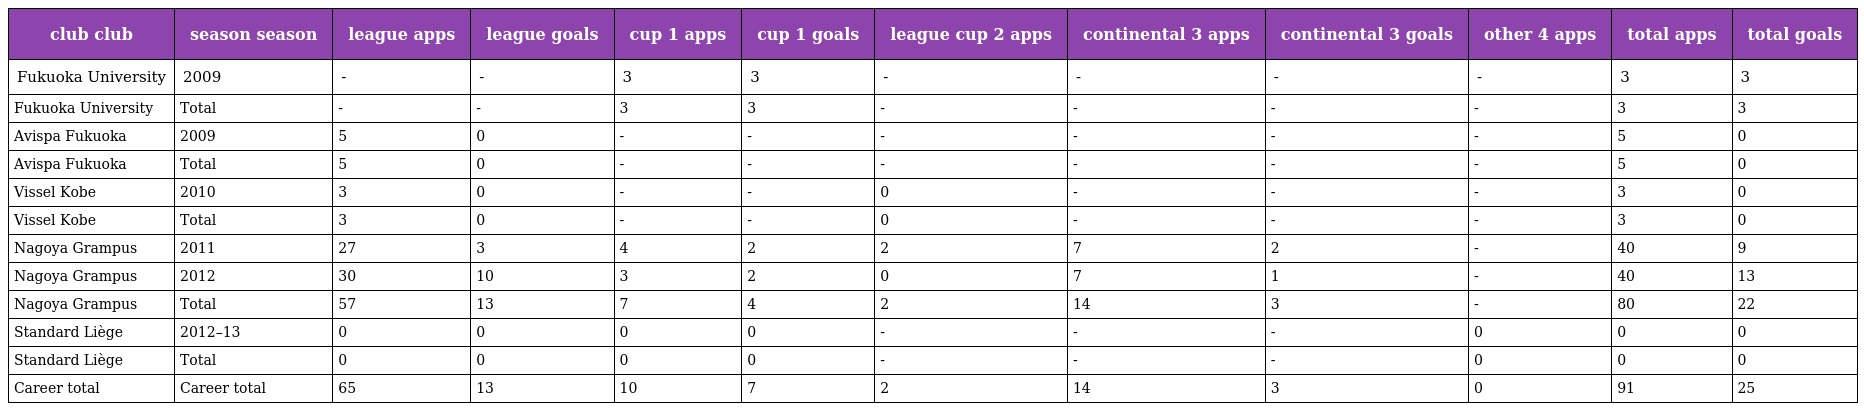
| club club | season season | league apps | league goals | cup 1 apps | cup 1 goals | league cup 2 apps | continental 3 apps | continental 3 goals | other 4 apps | total apps | total goals |
 | --- | --- | --- | --- | --- | --- | --- | --- | --- | --- | --- | --- |
 | Fukuoka University | 2009 | - | - | 3 | 3 | - | - | - | - | 3 | 3 |
 | Fukuoka University | Total | - | - | 3 | 3 | - | - | - | - | 3 | 3 |
 | Avispa Fukuoka | 2009 | 5 | 0 | - | - | - | - | - | - | 5 | 0 |
 | Avispa Fukuoka | Total | 5 | 0 | - | - | - | - | - | - | 5 | 0 |
 | Vissel Kobe | 2010 | 3 | 0 | - | - | 0 | - | - | - | 3 | 0 |
 | Vissel Kobe | Total | 3 | 0 | - | - | 0 | - | - | - | 3 | 0 |
 | Nagoya Grampus | 2011 | 27 | 3 | 4 | 2 | 2 | 7 | 2 | - | 40 | 9 |
 | Nagoya Grampus | 2012 | 30 | 10 | 3 | 2 | 0 | 7 | 1 | - | 40 | 13 |
 | Nagoya Grampus | Total | 57 | 13 | 7 | 4 | 2 | 14 | 3 | - | 80 | 22 |
 | Standard Liège | 2012–13 | 0 | 0 | 0 | 0 | - | - | - | 0 | 0 | 0 |
 | Standard Liège | Total | 0 | 0 | 0 | 0 | - | - | - | 0 | 0 | 0 |
 | Career total | Career total | 65 | 13 | 10 | 7 | 2 | 14 | 3 | 0 | 91 | 25 |